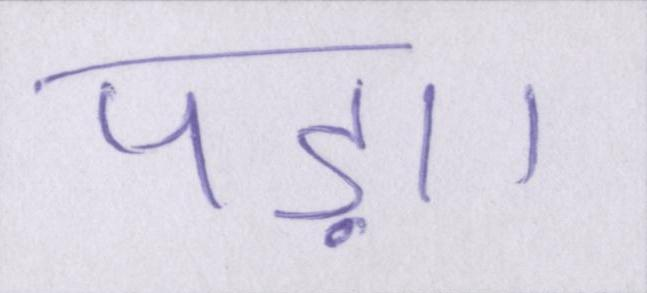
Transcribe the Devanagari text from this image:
पड़ा।